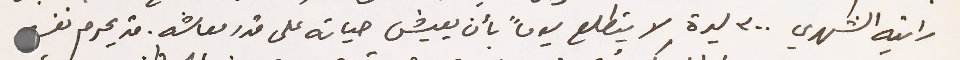
راتبه الشهري ٣٠٠ ليرة لا يتطلع يوماً بأن يعيش حياته على قدر معاشه. قد يحرم نفسه